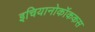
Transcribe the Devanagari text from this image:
इचियानोकॉककस